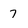
Character: 7